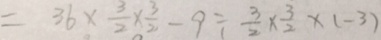
= 3 6 \times \frac { 3 } { 2 } \times \frac { 3 } { 2 } - 9 \div \frac { 3 } { 2 } \times \frac { 3 } { 2 } \times ( - 3 )